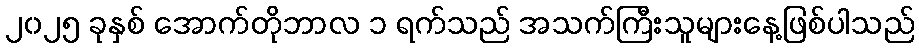
၂၀၂၅ ခုနှစ် အောက်တိုဘာလ ၁ ရက်သည် အသက်ကြီးသူများနေ့ဖြစ်ပါသည်